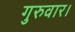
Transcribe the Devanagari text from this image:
गुरुवार।